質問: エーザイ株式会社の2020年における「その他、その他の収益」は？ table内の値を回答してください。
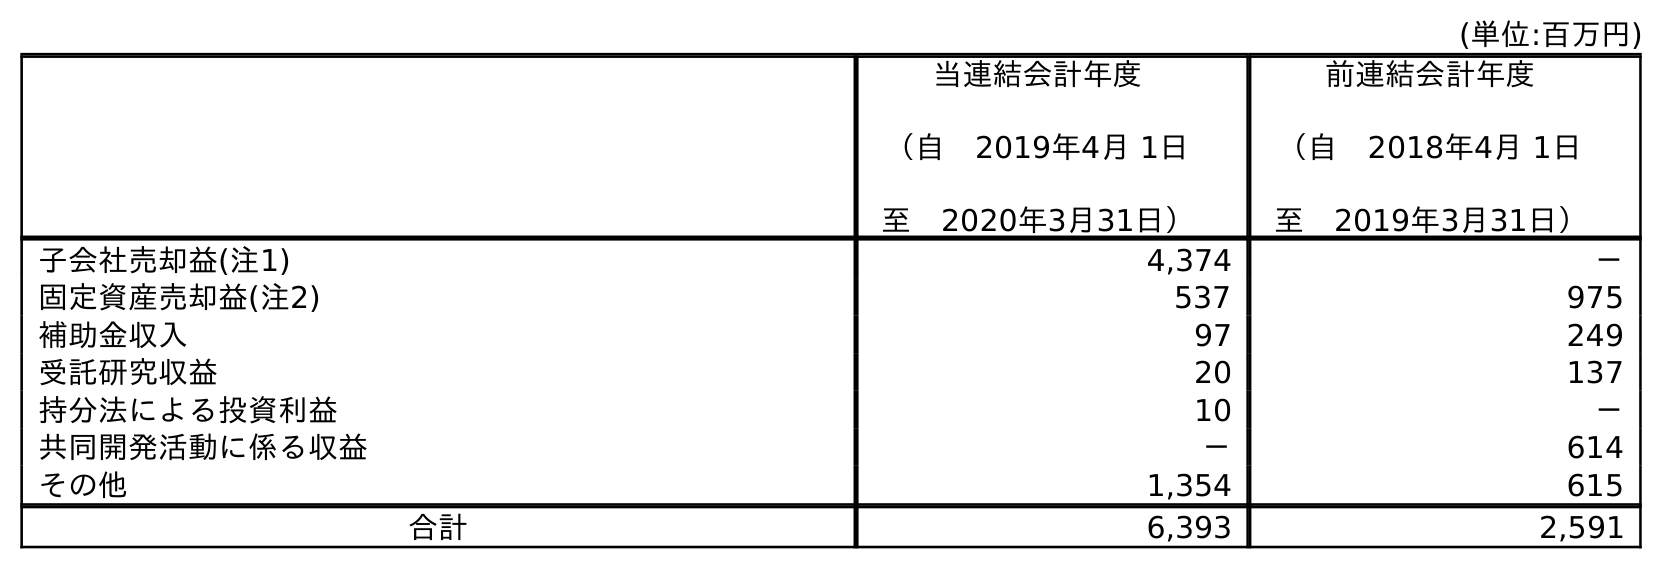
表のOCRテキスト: (単位:百万円) 当連結会計年度 （自 2019年4月 1日 至 2020年3月31日） 前連結会計年度 （自 2018年4月 1日 至 2019年3月31日） 子会社売却益(注1) 4,374 － 固定資産売却益(注2) 537 975 補助金収入 97 249 受託研究収益 20 137 持分法による投資利益 10 － 共同開発活動に係る収益 － 614 その他 1,354 615 合計 6,393 2,591
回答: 1,354